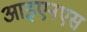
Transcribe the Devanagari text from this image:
आइएनएस